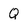
Character: Q